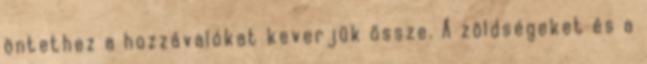
öntethez a hozzávalókat keverjük össze. A zöldségeket és a